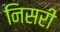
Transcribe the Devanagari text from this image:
निसरी